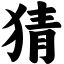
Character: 猜